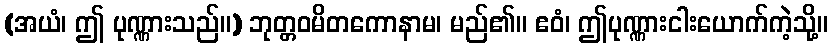
(အယံ၊ ဤ ပုဏ္ဏားသည်။) ဘုတ္တဝမိတကောနာမ၊ မည်၏။ ဧဝံ၊ ဤပုဏ္ဏားငါးယောက်ကဲ့သို့။